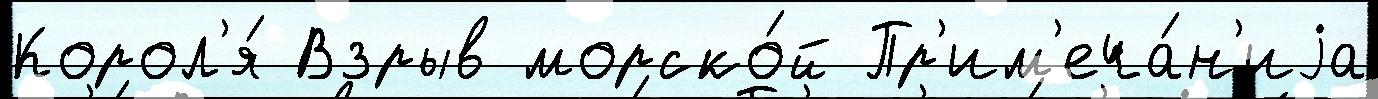
Корол'я́ Взрыв морско́й Пр'им'еча́н'иjа